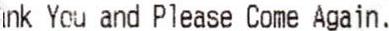
THANK YOU AND PLEASE COME AGAIN.